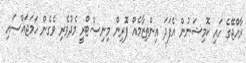
ރާއްޖޭގެ ހައި ކޮމިޝަނުން އެފަދަ އިންތިޒާމެއް ފޮރިން މިނިސްޓްރީ މެދުވެރި ވެގެން ހަމަޖައްސައި